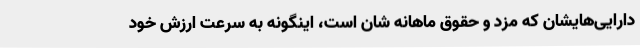
دارایی‌هایشان که مزد و حقوق ماهانه شان است، اینگونه به سرعت ارزش خود